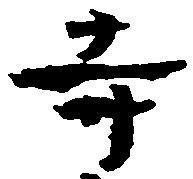
寺